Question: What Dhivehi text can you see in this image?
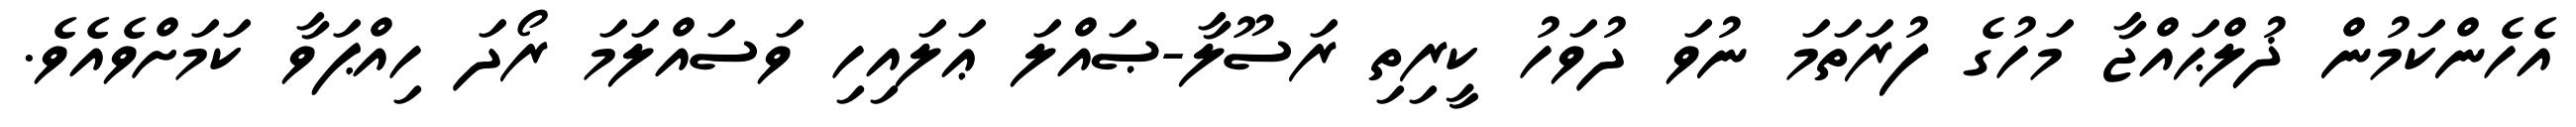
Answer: އެހެންކަމުން ޛުލްޙައްޖާ މަހުގެ ފުރަތަމަ ނުވަ ދުވަހު ކީރިތި ރަސޫލާ-ޞައްލަ ޢަލައިހި ވަސައްލަމަ ރޯދަ ހިއްޕަވާ ކަމަށްވެއެވެ.